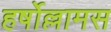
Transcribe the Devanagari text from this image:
हर्षोल्लामस